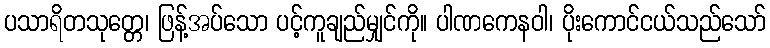
ပသာရိတသုတ္တေ၊ ဖြန့်အပ်သော ပင့်ကူချည်မျှင်ကို။ ပါဏကေနဝါ၊ ပိုးကောင်ငယ်သည်သော်